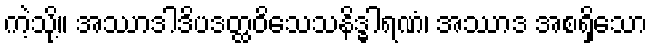
ကဲ့သို့။ အဿာဒါဒိပဒတ္ထဝိသေသနိဒ္ဓါရဏံ၊ အဿာဒ အစရှိသော